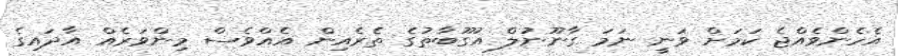
އެހެންވެއްޖެ ކަމަށް ވަނީ ނަމަ ގާނޫނުލް އުގޫބާތުގެ ތެރެއިން އެއްވެސް މިންވަރެއް އާދައިގެ